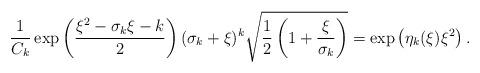
LaTeX: \begin{align*}\frac{1}{C_k}\exp\left(\frac{\xi^2-\sigma_k \xi-k}{2}\right)(\sigma_k+\xi)^k\sqrt{\frac{1}{2}\left(1+\frac{\xi}{\sigma_k}\right)}&=\exp\left(\eta_k(\xi)\xi^2\right).\end{align*}